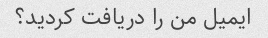
ایمیل من را دریافت کردید؟